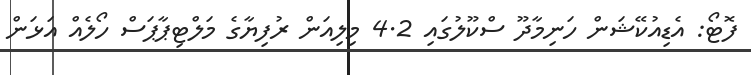
ފޮޓޯ: އެޑިއުކޭޝަން ހަނިމާދޫ ސްކޫލުގައި 4.2 މިލިއަން ރުފިޔާގެ މަލްޓިޕާޕަސް ހޯލެއް އަޅަން